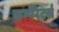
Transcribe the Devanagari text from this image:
कम्पैरेटर्स